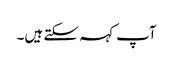
آپ کہہ سکتے ہیں۔